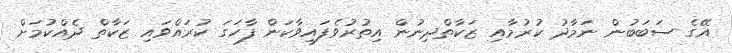
އޭގެ ސަބަބުން ނަމާދު ކުރުމާއި ޒަކާތްދިނުން އިތުރުވެފައިވާކަން ފާހަގަ ކުރައްވައި ޒަކާތް ދެއްކުމަށް